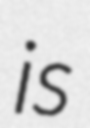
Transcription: is